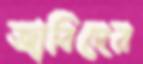
জাবিদের